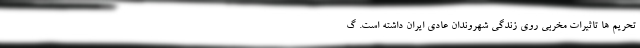
تحریم ها تاثیرات مخربی روی زندگی شهروندان عادی ایران داشته است. گ